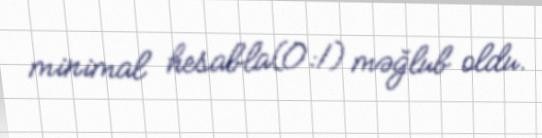
minimal hesabla(0:1) məğlub oldu.